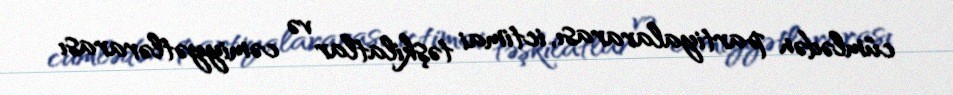
cümlədən partiyalararası, ictimai təşkilatlar və cəmiyyətlərarası